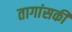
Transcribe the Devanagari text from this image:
तागांसकी